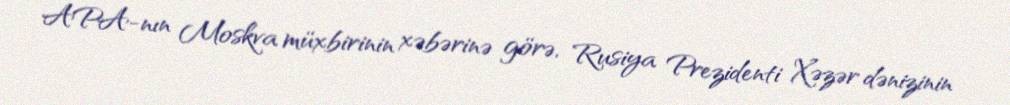
APA-nın Moskva müxbirinin xəbərinə görə, Rusiya Prezidenti Xəzər dənizinin